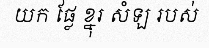
យក ផ្លែ ខ្នុរ សំឡ របស់